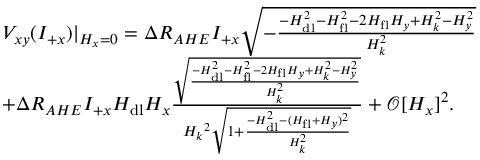
\begin{array} { r l } & { V _ { x y } ( I _ { + x } ) \lvert { _ { H _ { x } = 0 } } = \Delta R _ { A H E } I _ { + x } \sqrt { - \frac { - H _ { \mathrm { d l } } ^ { 2 } - H _ { \mathrm { f l } } ^ { 2 } - 2 H _ { \mathrm { f l } } H _ { y } + H _ { k } ^ { 2 } - H _ { y } ^ { 2 } } { H _ { k } ^ { 2 } } } } \\ & { + \Delta R _ { A H E } I _ { + x } H _ { \mathrm { d l } } H _ { x } \frac { \sqrt { \frac { - H _ { \mathrm { d l } } ^ { 2 } - H _ { \mathrm { f l } } ^ { 2 } - 2 H _ { \mathrm { f l } } H _ { y } + H _ { k } ^ { 2 } - H _ { y } ^ { 2 } } { H _ { k } ^ { 2 } } } } { { H _ { k } } ^ { 2 } \sqrt { 1 + \frac { - H _ { \mathrm { d l } } ^ { 2 } - ( H _ { \mathrm { f l } } + H _ { y } ) ^ { 2 } } { H _ { k } ^ { 2 } } } } + \mathcal { O } [ H _ { x } ] ^ { 2 } . } \end{array}